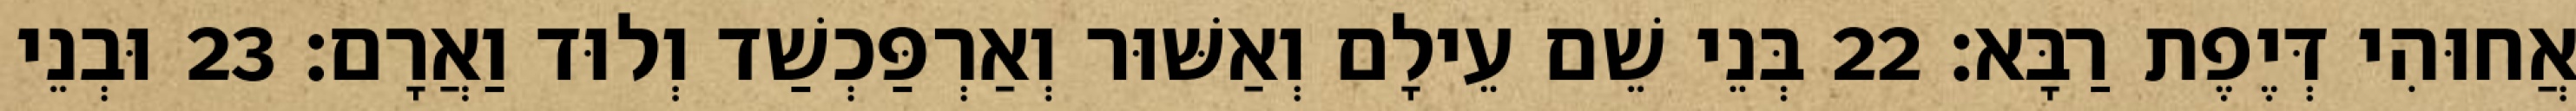
אֲחוּהִי דְּיֶפֶת רַבָּא׃ 22 בְּנֵי שֵׁם עֵילָם וְאַשּׁוּר וְאַרְפַּכְשַׁד וְלוּד וַאֲרָם׃ 23 וּבְנֵי